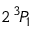
2 \, ^ { 3 } \! P _ { 1 }